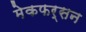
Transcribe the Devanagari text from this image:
मेकफर्सन